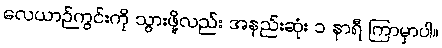
လေယာဉ်ကွင်းကို သွားဖို့လည်း အနည်းဆုံး ၁ နာရီ ကြာမှာပါ။